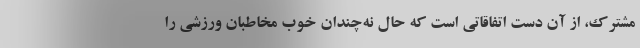
مشترک، از آن دست اتفاقاتی است که حال نه‌چندان خوب مخاطبان ورزشی را